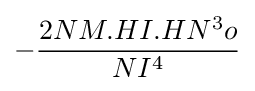
-{\frac {2NM.HI.HN^{3}o}{NI^{4}}}